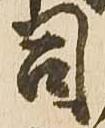
司